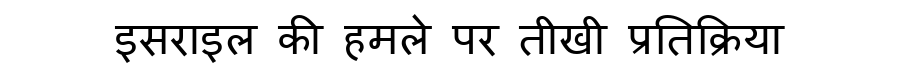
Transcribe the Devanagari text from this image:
इसराइल की हमले पर तीखी प्रतिक्रिया